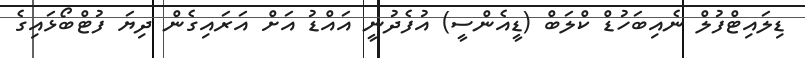
ޑިލައިޓްފުލް ނެއިބަހުޑް ކްލަބް (ޑީއެންސީ) އުފެދުނީ އައްޑު އަށް އަރައިގެން ދިޔަ ފުޓްބޯޅައިގެ